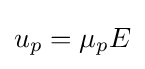
u_{p}=\mu _{p}E